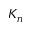
K _ { n }